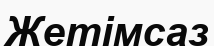
Жетімсаз